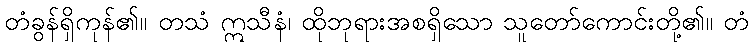
တံခွန်ရှိကုန်၏။ တသံ ဣသီနံ၊ ထိုဘုရားအစရှိသော သူတော်ကောင်းတို့၏။ တံ